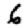
Digit: 6